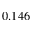
0 . 1 4 6